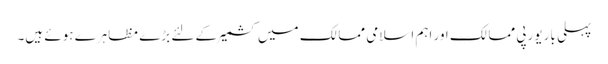
پہلی بار یورپی ممالک اور اہم اسلامی ممالک میں کشمیر کے لئے بڑے مظاہرے ہوئے ہیں۔